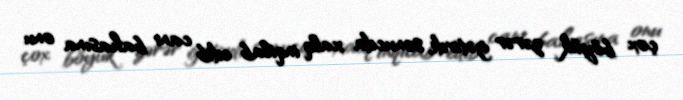
çox böyük zərər gətirdi, sonucda xalq inqilab edib canı bahasına onu